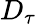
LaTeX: D_{\tau}